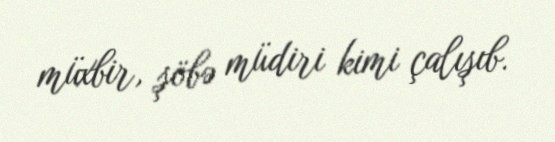
müxbir, şöbə müdiri kimi çalışıb.